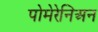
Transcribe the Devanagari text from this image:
पोमेरेनिअन